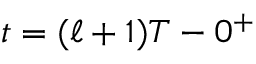
t = ( \ell + 1 ) T - 0 ^ { + }